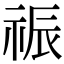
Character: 祳